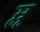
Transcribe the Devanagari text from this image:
मॢ